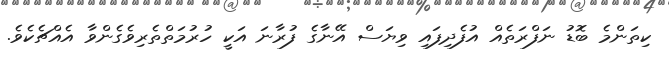
ކިތަންމެ ބޮޑު ނަފްރަތެއް އުފެދިފައި ވިޔަސް އޭނާގެ ފުރާނަ އަކީ ހުރުމަތްތެރިވެގެންވާ އެއްޗެކެވެ.